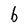
Character: b